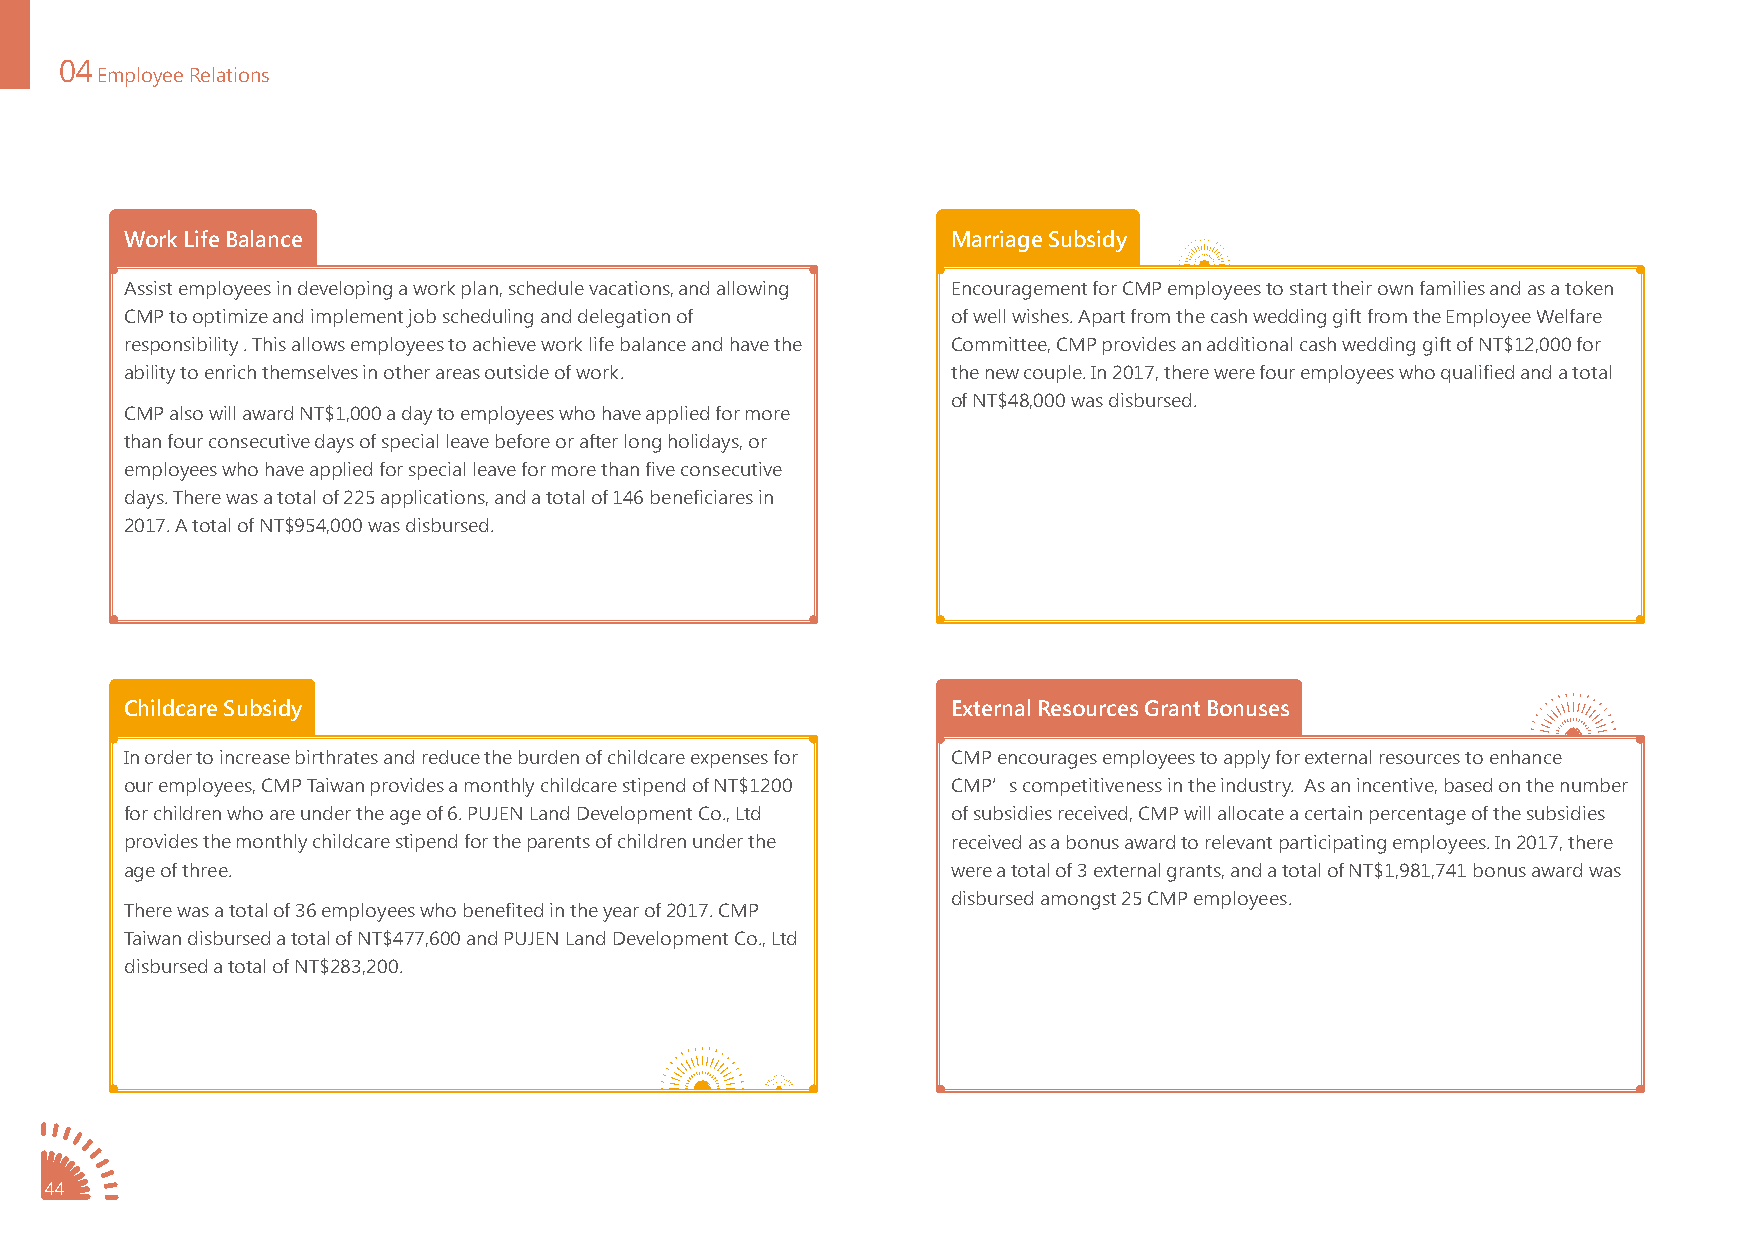
04
 Employee Relations
 Work Life Balance                                      Marriage Subsidy
 Assist employees in developing a work plan, schedule vacations, and allowing Encouragement for CMP employees to start their own families and as a token
 CMP to optimize and implement job scheduling and delegation of of well wishes. Apart from the cash wedding gift from the Employee Welfare
 responsibility . This allows employees to achieve work life balance and have the Committee, CMP provides an additional cash wedding gift of NT$12,000 for
 ability to enrich themselves in other areas outside of work. the new couple. In 2017, there were four employees who qualified and a total
 of NT$48,000 was disbursed.
 CMP also will award NT$1,000 a day to employees who have applied for more
 than four consecutive days of special leave before or after long holidays, or
 employees who have applied for special leave for more than five consecutive
 days. There was a total of 225 applications, and a total of 146 beneficiares in
 2017. A total of NT$954,000 was disbursed.
 Childcare Subsidy                                      External Resources Grant Bonuses
 In order to increase birthrates and reduce the burden of childcare expenses for CMP encourages employees to apply for external resources to enhance
 our employees, CMP Taiwan provides a monthly childcare stipend of NT$1200 CMP’s competitiveness in the industry. As an incentive, based on the number
 for children who are under the age of 6. PUJEN Land Development Co., Ltd of subsidies received, CMP will allocate a certain percentage of the subsidies
 provides the monthly childcare stipend for the parents of children under the received as a bonus award to relevant participating employees. In 2017, there
 age of three.                                          were a total of 3 external grants, and a total of NT$1,981,741 bonus award was
 disbursed amongst 25 CMP employees.
 There was a total of 36 employees who benefited in the year of 2017. CMP
 Taiwan disbursed a total of NT$477,600 and PUJEN Land Development Co., Ltd
 disbursed a total of NT$283,200.
 44